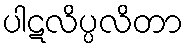
ပါဋလိပ္ပလိတာ